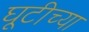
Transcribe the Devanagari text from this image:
घूटीच्या